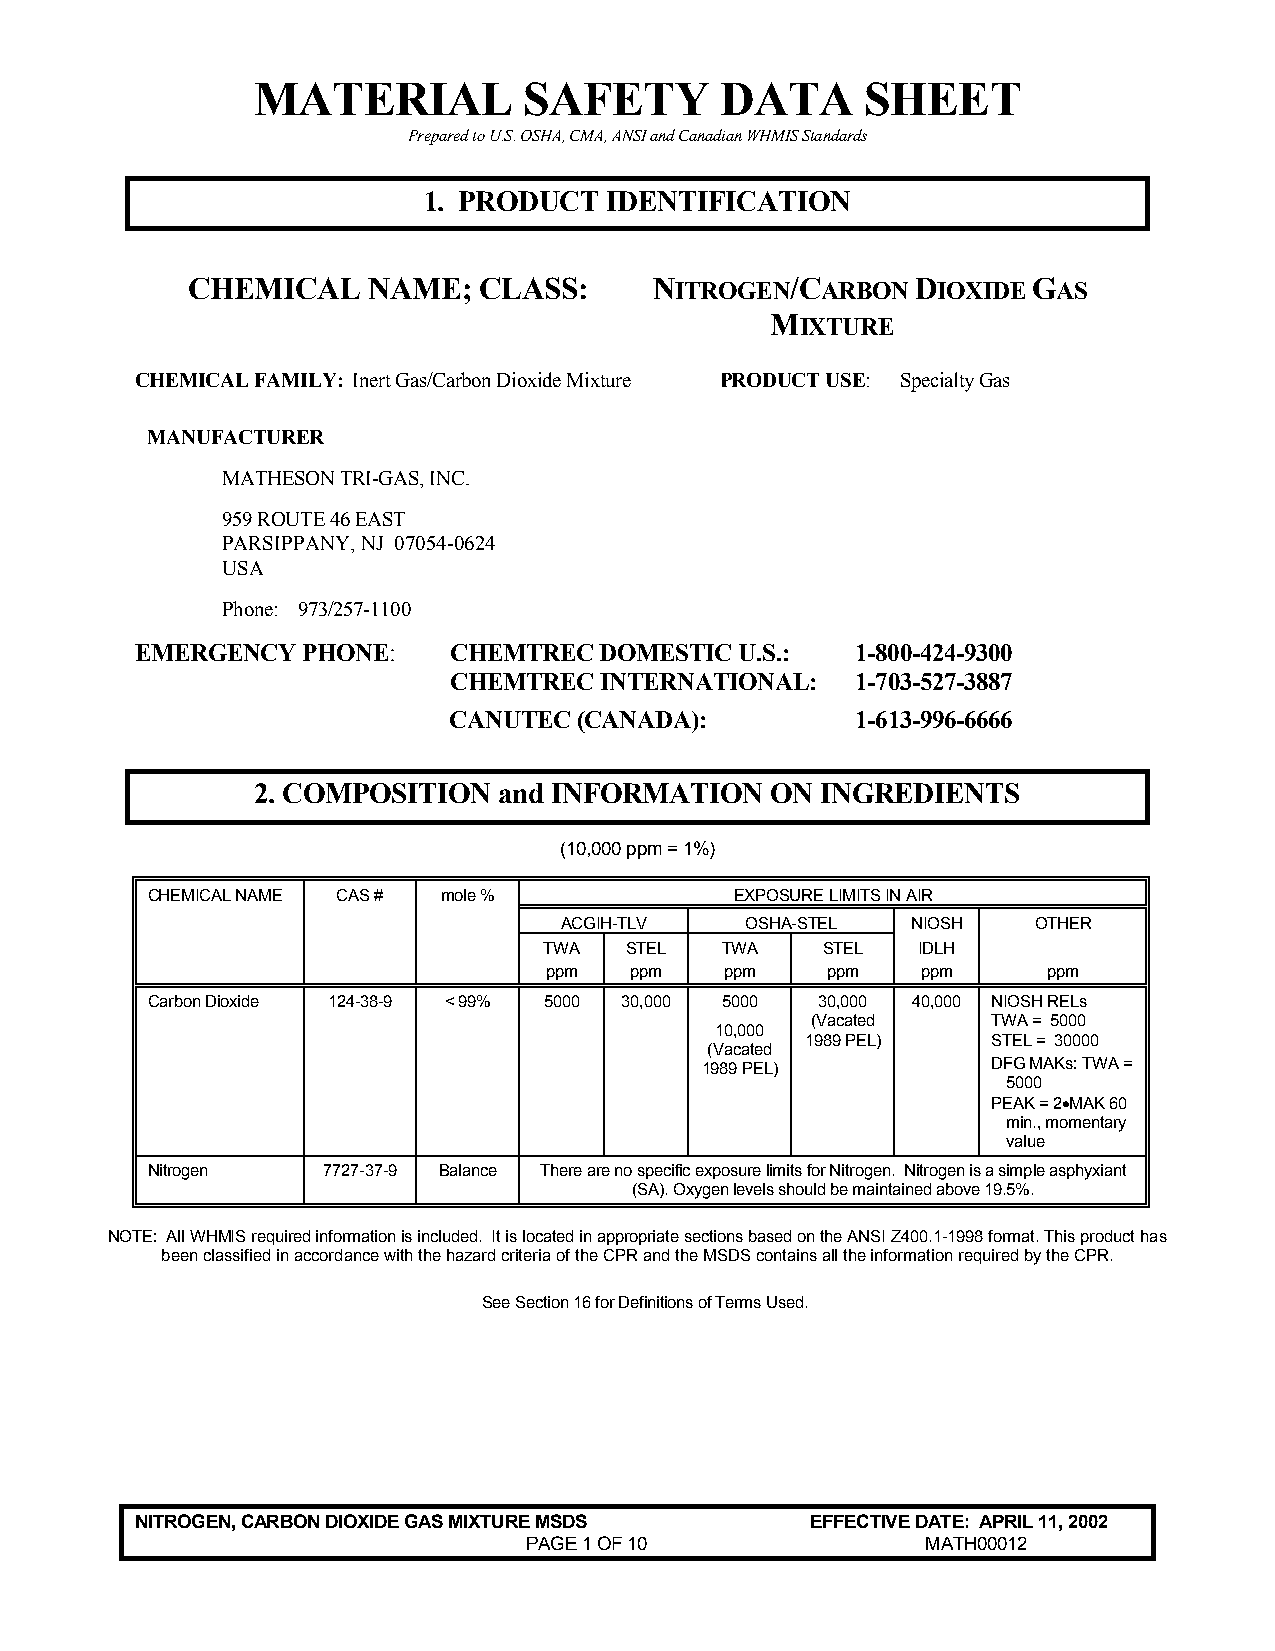
MATERIAL          SAFETY       DATA     SHEET
 Prepared to U.S. OSHA, CMA, ANSI and Canadian WHMIS Standards
 1. PRODUCT  IDENTIFICATION
 CHEMICAL    NAME;   CLASS:     NITROGEN/CARBON   DIOXIDE GAS
 MIXTURE
 CHEMICAL FAMILY: Inert Gas/Carbon Dioxide Mixture PRODUCT USE: Specialty Gas
 MANUFACTURER
 MATHESON TRI-GAS, INC.
 959 ROUTE 46 EAST
 PARSIPPANY, NJ 07054-0624
 USA
 Phone: 973/257-1100
 EMERGENCY  PHONE:    CHEMTREC  DOMESTIC U.S.:   1-800-424-9300
 CHEMTREC  INTERNATIONAL:   1-703-527-3887
 CANUTEC (CANADA):          1-613-996-6666
 2. COMPOSITION  and INFORMATION   ON INGREDIENTS
 (10,000 ppm = 1%)
 CHEMICAL NAME CAS # mole %             EXPOSURE LIMITS IN AIR
 ACGIH-TLV   OSHA-STEL  NIOSH    OTHER
 TWA  STEL   TWA   STEL   IDLH
 ppm   ppm   ppm    ppm   ppm     ppm
 Carbon Dioxide 124-38-9 < 99% 5000 30,000 5000 30,000 40,000 NIOSH RELs
 (Vacated    TWA = 5000
 10,000
 1989 PEL)    STEL = 30000
 (Vacated
 1989 PEL)           DFG MAKs: TWA =
 5000
 PEAK = 2•MAK 60
 min., momentary
 value
 Nitrogen   7727-37-9 Balance There are no specific exposure limits for Nitrogen. Nitrogen is a simple asphyxiant
 (SA). Oxygen levels should be maintained above 19.5%.
 NOTE: All WHMIS required information is included. It is located in appropriate sections based on the ANSI Z400.1-1998 format. This product has
 been classified in accordance with the hazard criteria of the CPR and the MSDS contains all the information required by the CPR.
 See Section 16 for Definitions of Terms Used.
 NITROGEN, CARBON DIOXIDE GAS MIXTURE MSDS    EFFECTIVE DATE: APRIL 11, 2002
 PAGE 1 OF 10              MATH00012